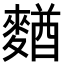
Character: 𪍑